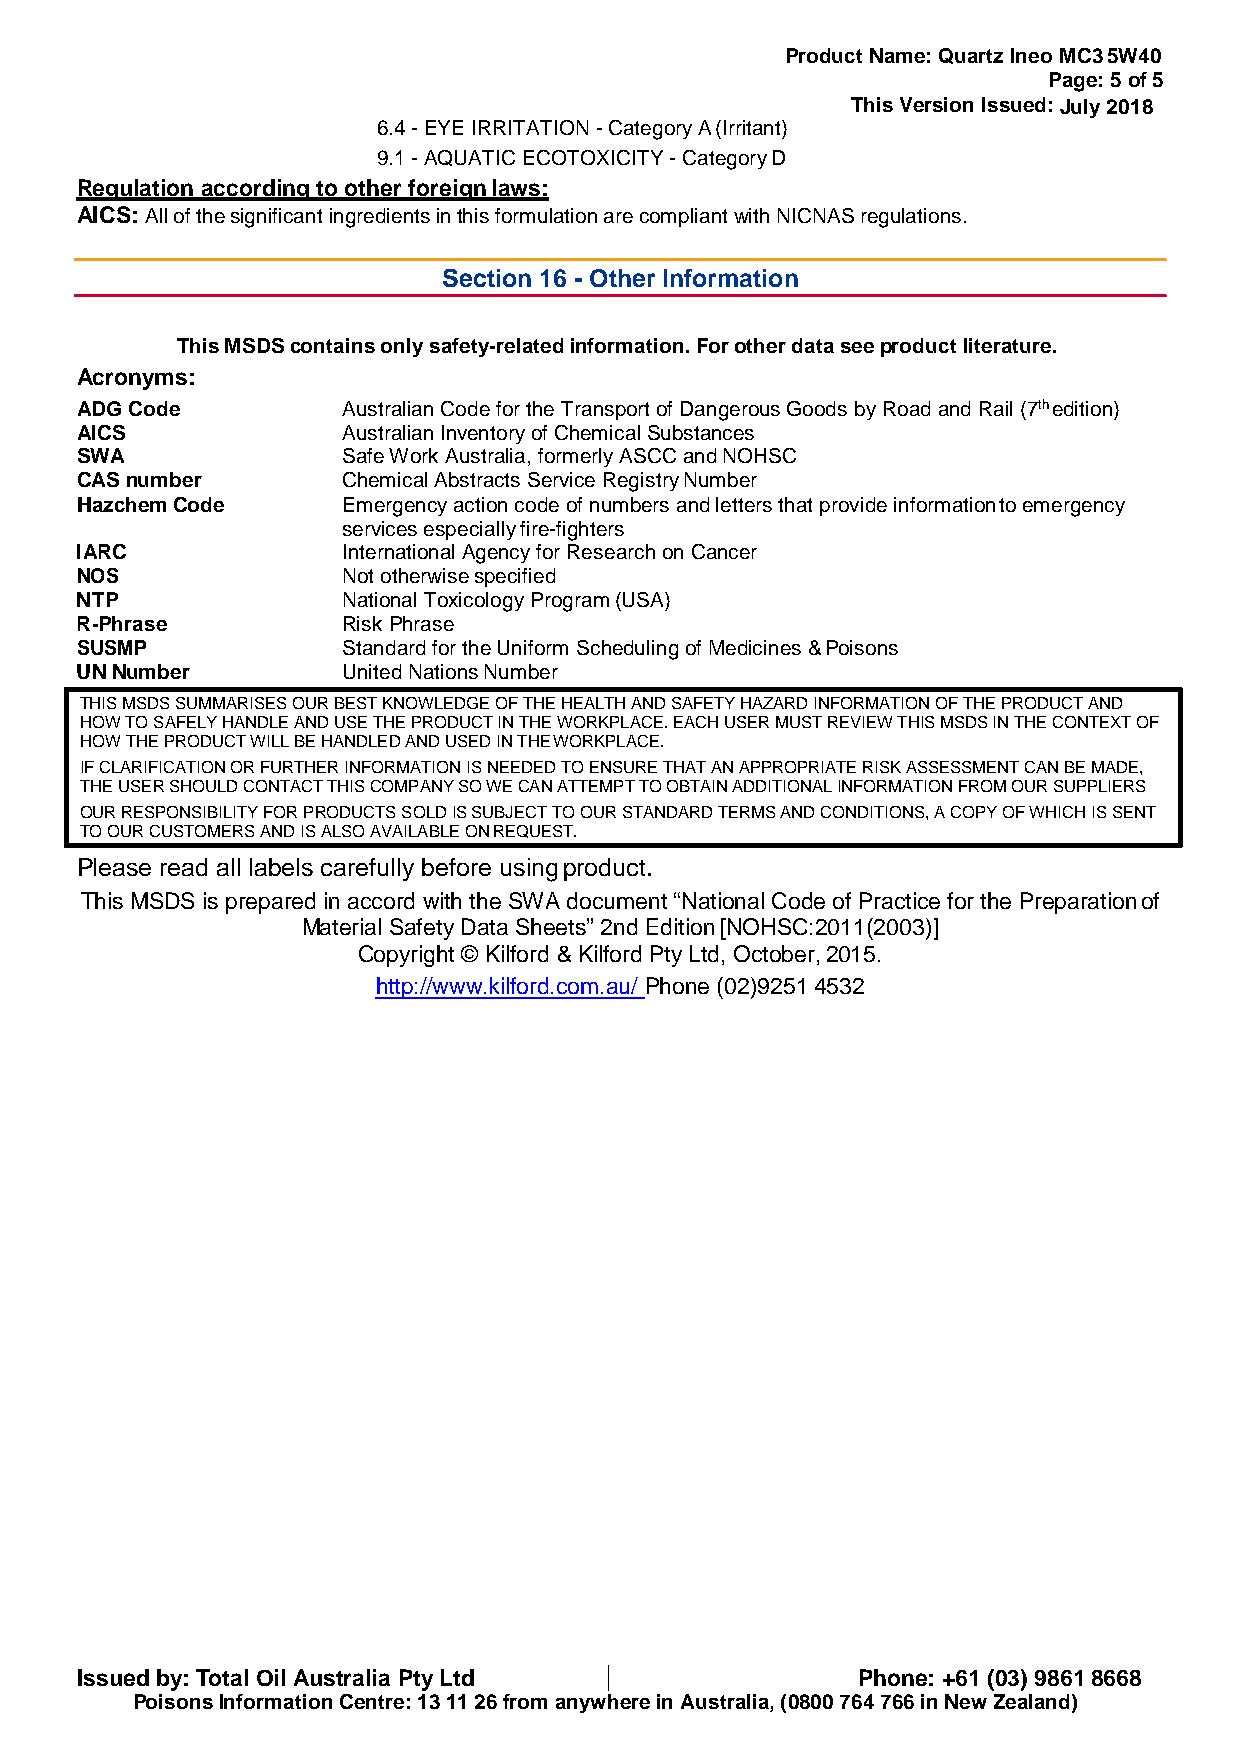
Product Name: Quartz Ineo MC3 5W40
 Page: 5 of 5
 This Version Issued: JAuplryi l2, 2001186
 6.4 - EYE IRRITATION - Category A (Irritant)
 9.1 - AQUATIC ECOTOXICITY - Category D
 Regulation according to other foreign laws:
 AICS: All of the significant ingredients in this formulation are compliant with NICNAS regulations.
 Section 16 - Other Information
 This MSDS contains only safety-related information. For other data see product literature.
 Acronyms:
 ADG Code          Australian Code for the Transport of Dangerous Goods by Road and Rail (7th edition)
 AICS              Australian Inventory of Chemical Substances
 SWA               Safe Work Australia, formerly ASCC and NOHSC
 CAS number        Chemical Abstracts Service Registry Number
 Hazchem Code      Emergency action code of numbers and letters that provide information to emergency
 services especially fire-fighters
 IARC              International Agency for Research on Cancer
 NOS               Not otherwise specified
 NTP               National Toxicology Program (USA)
 R-Phrase          Risk Phrase
 SUSMP             Standard for the Uniform Scheduling of Medicines & Poisons
 UN Number         United Nations Number
 THIS MSDS SUMMARISES OUR BEST KNOWLEDGE OF THE HEALTH AND SAFETY HAZARD INFORMATION OF THE PRODUCT AND
 HOW TO SAFELY HANDLE AND USE THE PRODUCT IN THE WORKPLACE. EACH USER MUST REVIEW THIS MSDS IN THE CONTEXT OF
 HOW THE PRODUCT WILL BE HANDLED AND USED IN THE WORKPLACE.
 IF CLARIFICATION OR FURTHER INFORMATION IS NEEDED TO ENSURE THAT AN APPROPRIATE RISK ASSESSMENT CAN BE MADE,
 THE USER SHOULD CONTACT THIS COMPANY SO WE CAN ATTEMPT TO OBTAIN ADDITIONAL INFORMATION FROM OUR SUPPLIERS
 OUR RESPONSIBILITY FOR PRODUCTS SOLD IS SUBJECT TO OUR STANDARD TERMS AND CONDITIONS, A COPY OF WHICH IS SENT
 TO OUR CUSTOMERS AND IS ALSO AVAILABLE ON REQUEST.
 Please read all labels carefully before using product.
 This MSDS is prepared in accord with the SWA document “National Code of Practice for the Preparation of
 Material Safety Data Sheets” 2nd Edition [NOHSC:2011(2003)]
 Copyright © Kilford & Kilford Pty Ltd, October, 2015.
 http://www.kilford.com.au/ Phone (02)9251 4532
 Issued by: Total Oil Australia Pty Ltd              Phone: +61 (03) 9861 8668
 Poisons Information Centre: 13 11 26 from anywhere in Australia, (0800 764 766 in New Zealand)